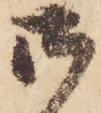
御